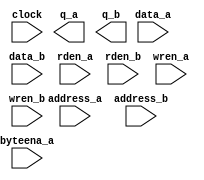
// megafunction wizard: %RAM: 2-PORT%VBB%
// GENERATION: STANDARD
// VERSION: WM1.0
// MODULE: altsyncram 

// ============================================================
// Megafunction Name(s):
// 			altsyncram
//
// Simulation Library Files(s):
// 			altera_mf
// ============================================================
// ************************************************************
// THIS IS A WIZARD-GENERATED FILE. DO NOT EDIT THIS FILE!
//
// 18.1.0 Build 625 09/12/2018 SJ Lite Edition
// ************************************************************

//Copyright (C) 2018  Intel Corporation. All rights reserved.
//Your use of Intel Corporation's design tools, logic functions 
//and other software and tools, and its AMPP partner logic 
//functions, and any output files from any of the foregoing 
//(including device programming or simulation files), and any 
//associated documentation or information are expressly subject 
//to the terms and conditions of the Intel Program License 
//Subscription Agreement, the Intel Quartus Prime License Agreement,
//the Intel FPGA IP License Agreement, or other applicable license
//agreement, including, without limitation, that your use is for
//the sole purpose of programming logic devices manufactured by
//Intel and sold by Intel or its authorized distributors.  Please
//refer to the applicable agreement for further details.

module vram (
	address_a,
	address_b,
	byteena_a,
	clock,
	data_a,
	data_b,
	rden_a,
	rden_b,
	wren_a,
	wren_b,
	q_a,
	q_b);

	input	[10:0]  address_a;
	input	[10:0]  address_b;
	input	[3:0]  byteena_a;
	input	  clock;
	input	[31:0]  data_a;
	input	[31:0]  data_b;
	input	  rden_a;
	input	  rden_b;
	input	  wren_a;
	input	  wren_b;
	output	[31:0]  q_a;
	output	[31:0]  q_b;
`ifndef ALTERA_RESERVED_QIS
// synopsys translate_off
`endif
	tri1	[3:0]  byteena_a;
	tri1	  clock;
	tri1	  rden_a;
	tri1	  rden_b;
	tri0	  wren_a;
	tri0	  wren_b;
`ifndef ALTERA_RESERVED_QIS
// synopsys translate_on
`endif

endmodule

// ============================================================
// CNX file retrieval info
// ============================================================
// Retrieval info: PRIVATE: ADDRESSSTALL_A NUMERIC "0"
// Retrieval info: PRIVATE: ADDRESSSTALL_B NUMERIC "0"
// Retrieval info: PRIVATE: BYTEENA_ACLR_A NUMERIC "0"
// Retrieval info: PRIVATE: BYTEENA_ACLR_B NUMERIC "0"
// Retrieval info: PRIVATE: BYTE_ENABLE_A NUMERIC "1"
// Retrieval info: PRIVATE: BYTE_ENABLE_B NUMERIC "0"
// Retrieval info: PRIVATE: BYTE_SIZE NUMERIC "8"
// Retrieval info: PRIVATE: BlankMemory NUMERIC "1"
// Retrieval info: PRIVATE: CLOCK_ENABLE_INPUT_A NUMERIC "0"
// Retrieval info: PRIVATE: CLOCK_ENABLE_INPUT_B NUMERIC "0"
// Retrieval info: PRIVATE: CLOCK_ENABLE_OUTPUT_A NUMERIC "0"
// Retrieval info: PRIVATE: CLOCK_ENABLE_OUTPUT_B NUMERIC "0"
// Retrieval info: PRIVATE: CLRdata NUMERIC "0"
// Retrieval info: PRIVATE: CLRq NUMERIC "0"
// Retrieval info: PRIVATE: CLRrdaddress NUMERIC "0"
// Retrieval info: PRIVATE: CLRrren NUMERIC "0"
// Retrieval info: PRIVATE: CLRwraddress NUMERIC "0"
// Retrieval info: PRIVATE: CLRwren NUMERIC "0"
// Retrieval info: PRIVATE: Clock NUMERIC "0"
// Retrieval info: PRIVATE: Clock_A NUMERIC "0"
// Retrieval info: PRIVATE: Clock_B NUMERIC "0"
// Retrieval info: PRIVATE: IMPLEMENT_IN_LES NUMERIC "0"
// Retrieval info: PRIVATE: INDATA_ACLR_B NUMERIC "0"
// Retrieval info: PRIVATE: INDATA_REG_B NUMERIC "1"
// Retrieval info: PRIVATE: INIT_FILE_LAYOUT STRING "PORT_A"
// Retrieval info: PRIVATE: INIT_TO_SIM_X NUMERIC "0"
// Retrieval info: PRIVATE: INTENDED_DEVICE_FAMILY STRING "MAX 10"
// Retrieval info: PRIVATE: JTAG_ENABLED NUMERIC "0"
// Retrieval info: PRIVATE: JTAG_ID STRING "NONE"
// Retrieval info: PRIVATE: MAXIMUM_DEPTH NUMERIC "0"
// Retrieval info: PRIVATE: MEMSIZE NUMERIC "65536"
// Retrieval info: PRIVATE: MEM_IN_BITS NUMERIC "0"
// Retrieval info: PRIVATE: MIFfilename STRING ""
// Retrieval info: PRIVATE: OPERATION_MODE NUMERIC "3"
// Retrieval info: PRIVATE: OUTDATA_ACLR_B NUMERIC "0"
// Retrieval info: PRIVATE: OUTDATA_REG_B NUMERIC "0"
// Retrieval info: PRIVATE: RAM_BLOCK_TYPE NUMERIC "2"
// Retrieval info: PRIVATE: READ_DURING_WRITE_MODE_MIXED_PORTS NUMERIC "2"
// Retrieval info: PRIVATE: READ_DURING_WRITE_MODE_PORT_A NUMERIC "4"
// Retrieval info: PRIVATE: READ_DURING_WRITE_MODE_PORT_B NUMERIC "4"
// Retrieval info: PRIVATE: REGdata NUMERIC "1"
// Retrieval info: PRIVATE: REGq NUMERIC "0"
// Retrieval info: PRIVATE: REGrdaddress NUMERIC "0"
// Retrieval info: PRIVATE: REGrren NUMERIC "1"
// Retrieval info: PRIVATE: REGwraddress NUMERIC "1"
// Retrieval info: PRIVATE: REGwren NUMERIC "1"
// Retrieval info: PRIVATE: SYNTH_WRAPPER_GEN_POSTFIX STRING "0"
// Retrieval info: PRIVATE: USE_DIFF_CLKEN NUMERIC "0"
// Retrieval info: PRIVATE: UseDPRAM NUMERIC "1"
// Retrieval info: PRIVATE: VarWidth NUMERIC "0"
// Retrieval info: PRIVATE: WIDTH_READ_A NUMERIC "32"
// Retrieval info: PRIVATE: WIDTH_READ_B NUMERIC "32"
// Retrieval info: PRIVATE: WIDTH_WRITE_A NUMERIC "32"
// Retrieval info: PRIVATE: WIDTH_WRITE_B NUMERIC "32"
// Retrieval info: PRIVATE: WRADDR_ACLR_B NUMERIC "0"
// Retrieval info: PRIVATE: WRADDR_REG_B NUMERIC "1"
// Retrieval info: PRIVATE: WRCTRL_ACLR_B NUMERIC "0"
// Retrieval info: PRIVATE: enable NUMERIC "0"
// Retrieval info: PRIVATE: rden NUMERIC "1"
// Retrieval info: LIBRARY: altera_mf altera_mf.altera_mf_components.all
// Retrieval info: CONSTANT: ADDRESS_REG_B STRING "CLOCK0"
// Retrieval info: CONSTANT: BYTE_SIZE NUMERIC "8"
// Retrieval info: CONSTANT: CLOCK_ENABLE_INPUT_A STRING "BYPASS"
// Retrieval info: CONSTANT: CLOCK_ENABLE_INPUT_B STRING "BYPASS"
// Retrieval info: CONSTANT: CLOCK_ENABLE_OUTPUT_A STRING "BYPASS"
// Retrieval info: CONSTANT: CLOCK_ENABLE_OUTPUT_B STRING "BYPASS"
// Retrieval info: CONSTANT: INDATA_REG_B STRING "CLOCK0"
// Retrieval info: CONSTANT: INTENDED_DEVICE_FAMILY STRING "MAX 10"
// Retrieval info: CONSTANT: LPM_TYPE STRING "altsyncram"
// Retrieval info: CONSTANT: NUMWORDS_A NUMERIC "2048"
// Retrieval info: CONSTANT: NUMWORDS_B NUMERIC "2048"
// Retrieval info: CONSTANT: OPERATION_MODE STRING "BIDIR_DUAL_PORT"
// Retrieval info: CONSTANT: OUTDATA_ACLR_A STRING "NONE"
// Retrieval info: CONSTANT: OUTDATA_ACLR_B STRING "NONE"
// Retrieval info: CONSTANT: OUTDATA_REG_A STRING "UNREGISTERED"
// Retrieval info: CONSTANT: OUTDATA_REG_B STRING "UNREGISTERED"
// Retrieval info: CONSTANT: POWER_UP_UNINITIALIZED STRING "FALSE"
// Retrieval info: CONSTANT: RAM_BLOCK_TYPE STRING "M9K"
// Retrieval info: CONSTANT: READ_DURING_WRITE_MODE_MIXED_PORTS STRING "DONT_CARE"
// Retrieval info: CONSTANT: READ_DURING_WRITE_MODE_PORT_A STRING "NEW_DATA_WITH_NBE_READ"
// Retrieval info: CONSTANT: READ_DURING_WRITE_MODE_PORT_B STRING "NEW_DATA_WITH_NBE_READ"
// Retrieval info: CONSTANT: WIDTHAD_A NUMERIC "11"
// Retrieval info: CONSTANT: WIDTHAD_B NUMERIC "11"
// Retrieval info: CONSTANT: WIDTH_A NUMERIC "32"
// Retrieval info: CONSTANT: WIDTH_B NUMERIC "32"
// Retrieval info: CONSTANT: WIDTH_BYTEENA_A NUMERIC "4"
// Retrieval info: CONSTANT: WIDTH_BYTEENA_B NUMERIC "1"
// Retrieval info: CONSTANT: WRCONTROL_WRADDRESS_REG_B STRING "CLOCK0"
// Retrieval info: USED_PORT: address_a 0 0 11 0 INPUT NODEFVAL "address_a[10..0]"
// Retrieval info: USED_PORT: address_b 0 0 11 0 INPUT NODEFVAL "address_b[10..0]"
// Retrieval info: USED_PORT: byteena_a 0 0 4 0 INPUT VCC "byteena_a[3..0]"
// Retrieval info: USED_PORT: clock 0 0 0 0 INPUT VCC "clock"
// Retrieval info: USED_PORT: data_a 0 0 32 0 INPUT NODEFVAL "data_a[31..0]"
// Retrieval info: USED_PORT: data_b 0 0 32 0 INPUT NODEFVAL "data_b[31..0]"
// Retrieval info: USED_PORT: q_a 0 0 32 0 OUTPUT NODEFVAL "q_a[31..0]"
// Retrieval info: USED_PORT: q_b 0 0 32 0 OUTPUT NODEFVAL "q_b[31..0]"
// Retrieval info: USED_PORT: rden_a 0 0 0 0 INPUT VCC "rden_a"
// Retrieval info: USED_PORT: rden_b 0 0 0 0 INPUT VCC "rden_b"
// Retrieval info: USED_PORT: wren_a 0 0 0 0 INPUT GND "wren_a"
// Retrieval info: USED_PORT: wren_b 0 0 0 0 INPUT GND "wren_b"
// Retrieval info: CONNECT: @address_a 0 0 11 0 address_a 0 0 11 0
// Retrieval info: CONNECT: @address_b 0 0 11 0 address_b 0 0 11 0
// Retrieval info: CONNECT: @byteena_a 0 0 4 0 byteena_a 0 0 4 0
// Retrieval info: CONNECT: @clock0 0 0 0 0 clock 0 0 0 0
// Retrieval info: CONNECT: @data_a 0 0 32 0 data_a 0 0 32 0
// Retrieval info: CONNECT: @data_b 0 0 32 0 data_b 0 0 32 0
// Retrieval info: CONNECT: @rden_a 0 0 0 0 rden_a 0 0 0 0
// Retrieval info: CONNECT: @rden_b 0 0 0 0 rden_b 0 0 0 0
// Retrieval info: CONNECT: @wren_a 0 0 0 0 wren_a 0 0 0 0
// Retrieval info: CONNECT: @wren_b 0 0 0 0 wren_b 0 0 0 0
// Retrieval info: CONNECT: q_a 0 0 32 0 @q_a 0 0 32 0
// Retrieval info: CONNECT: q_b 0 0 32 0 @q_b 0 0 32 0
// Retrieval info: GEN_FILE: TYPE_NORMAL vram.v TRUE
// Retrieval info: GEN_FILE: TYPE_NORMAL vram.inc FALSE
// Retrieval info: GEN_FILE: TYPE_NORMAL vram.cmp FALSE
// Retrieval info: GEN_FILE: TYPE_NORMAL vram.bsf FALSE
// Retrieval info: GEN_FILE: TYPE_NORMAL vram_inst.v FALSE
// Retrieval info: GEN_FILE: TYPE_NORMAL vram_bb.v TRUE
// Retrieval info: LIB_FILE: altera_mf